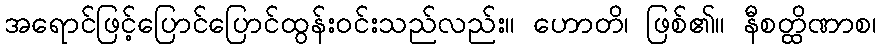
အရောင်ဖြင့်ပြောင်ပြောင်ထွန်းဝင်းသည်လည်း။ ဟောတိ၊ ဖြစ်၏။ နီစတ္ထိဏာစ၊